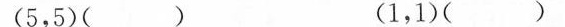
(5，5)() (1，1)()